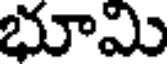
భూమి